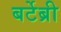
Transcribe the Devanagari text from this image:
बर्टेब्री